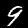
Label: 9